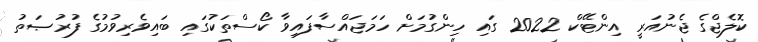
ކޮލެޖްގެ ޖެނުއަރީ އިންޓޭކް 2022 ގައި ހިންގުމަށް ހަމަޖައްސާފައިވާ ކޯސްތަކުގައި ބައިވެރިވުމުގެ ފުރުޞަތު